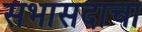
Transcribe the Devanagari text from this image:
सभासदाचा